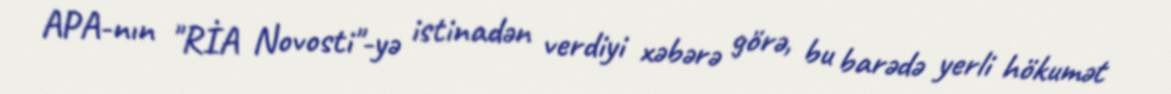
APA-nın "RİA Novosti"-yə istinadən verdiyi xəbərə görə, bu barədə yerli hökumət